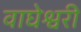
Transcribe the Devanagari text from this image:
वाघेश्वरी